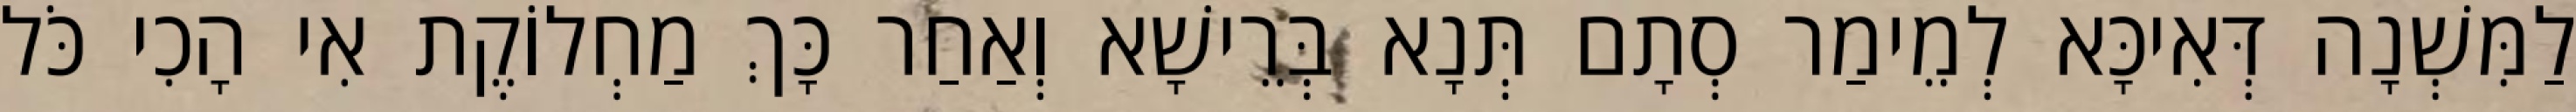
לַמִּשְׁנָה דְּאִיכָּא לְמֵימַר סְתָם תְּנָא בְּרֵישָׁא וְאַחַר כָּךְ מַחְלוֹקֶת אִי הָכִי כֹּל